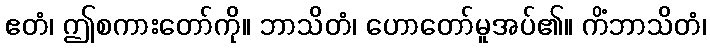
ဧတံ၊ ဤစကားတော်ကို။ ဘာသိတံ၊ ဟောတော်မူအပ်၏။ ကိံဘာသိတံ၊